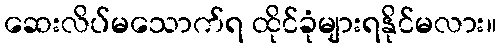
ဆေးလိပ်မသောက်ရ ထိုင်ခုံများရနိုင်မလား။